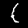
Digit: 1